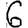
Digit: 6